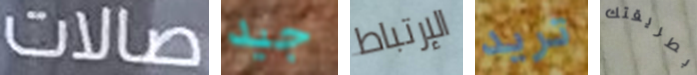
صالات جيد الإرتباط تريد بطريقتك